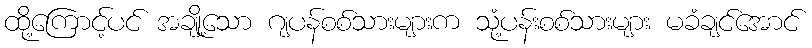
ထို့ကြောင့်ပင် အချို့သော ဂျပန်စစ်သားများက သုံ့ပန်းစစ်သားများ မခံချင်အောင်